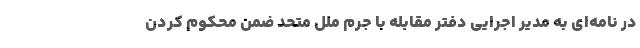
در نامه‌ای به مدیر اجرایی دفتر مقابله با جرم ملل متحد ضمن محکوم کردن